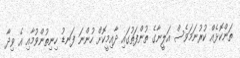
ތަންކޮޅެއް ކުރުނަމަވެސް އަލީނާގެ ތުންފަތުގައި ދާއިމީކޮށް ހުންނަ ފަނޑު ހިނިތުންވުމާއި އެ ވިދާ